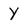
Character: y